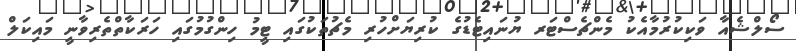
ސޯލްޝެއާ ވަކިކުރުމާއެކު މެންޗެސްޓަރ ޔުނައިޓެޑުގެ ކުރިޔަށްހުރި މެޗުތަކުގައި ޓީމު ހިންގުމުގައި ހަރަކާތްތެރިވާނީ މައިކަލް